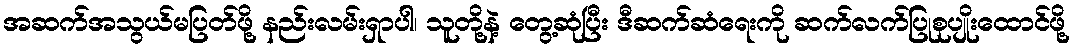
အဆက်အသွယ်မပြတ်ဖို့ နည်းလမ်းရှာပါ၊ သူတို့နဲ့ တွေ့ဆုံပြီး ဒီဆက်ဆံရေးကို ဆက်လက်ပြုစုပျိုးထောင်ဖို့